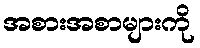
အစားအစာများကို